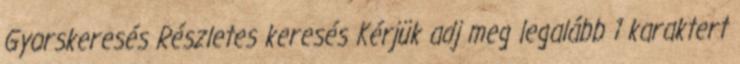
Gyorskeresés Részletes keresés Kérjük adj meg legalább 1 karaktert